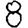
Digit: 8